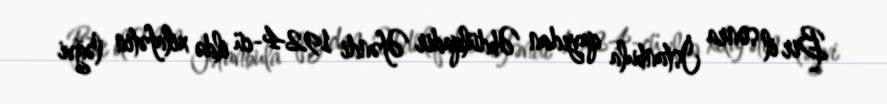
Bir il sonra İstanbula qayıdan Əbdülqadir Əfəndi 1924-cü ildə xilafətin ləğvi